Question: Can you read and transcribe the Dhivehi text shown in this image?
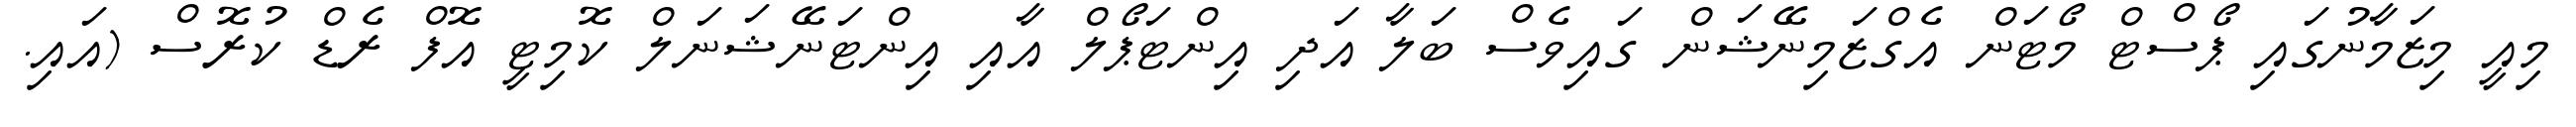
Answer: މިއީ މިޒަމާނުގައި ޕޯސްޓް މޯޓަން އެގްޒަމިނޭޝަން ގައިވެސް ބަލާ އަދި އިންޓަޕޯލް އާއި އިންޓަނޭޝަނަލް ކޮމިޓީ އޮފް ރެޑް ކުރޮސް (އައި.